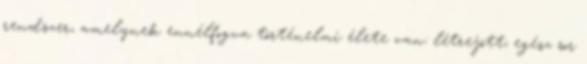
rendszer, amelynek ennélfogva történelmi élete van: létrejött; egész sor